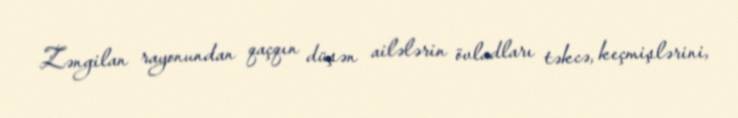
Zəngilan rayonundan qaçqın düşən ailələrin övladları təkcə, keçmişlərini,